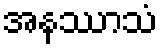
အနဿာသံ